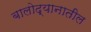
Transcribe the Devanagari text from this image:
बालोद्यानातील